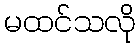
မထင်သလို